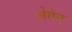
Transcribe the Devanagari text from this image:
लेगेन